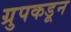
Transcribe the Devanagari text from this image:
ग्रुपकडून